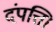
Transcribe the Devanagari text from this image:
दंपत्ति।